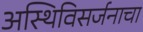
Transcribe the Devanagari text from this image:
अस्थिविसर्जनाचा